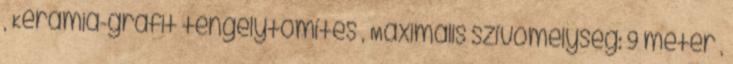
, Kerámia-grafit tengelytömítés , Maximális szívómélység: 9 méter ,